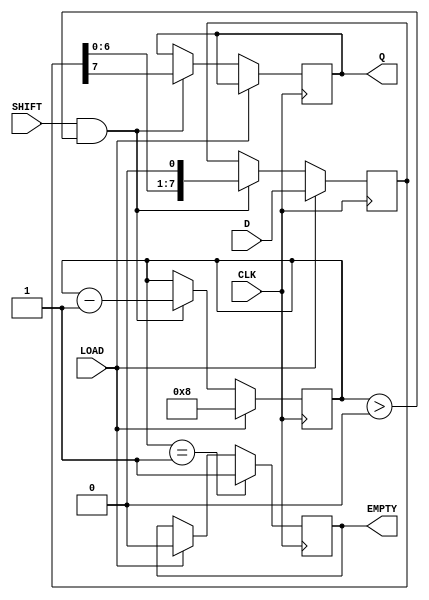
module PISO_Register #(
    parameter WIDTH = 8 // Define the width of the parallel data
)(
    input wire [WIDTH-1:0] D,      // Parallel data input
    input wire CLK,                 // Clock signal
    input wire LOAD,                // Load enable signal
    input wire SHIFT,               // Shift enable signal
    output reg Q,                   // Serial output
    output reg EMPTY                // Empty status signal
);

    reg [WIDTH-1:0] shift_reg;      // Shift register to hold data
    reg [3:0] bit_count;             // Counter to track the number of bits shifted out

    always @(posedge CLK) begin
        if (LOAD) begin
            // Load data into the shift register
            shift_reg <= D;
            bit_count <= WIDTH;      // Set the bit count to the width
            EMPTY <= 1'b0;           // Register is not empty after loading
        end
        else if (SHIFT && bit_count > 0) begin
            // Shift data out serially
            Q <= shift_reg[WIDTH-1]; // Output the MSB
            shift_reg <= {shift_reg[WIDTH-2:0], 1'b0}; // Shift left
            bit_count <= bit_count - 1; // Decrement bit count
        end
        
        // Update EMPTY signal
        if (bit_count == 1) begin
            EMPTY <= 1'b1; // Set EMPTY when no bits are left to shift
        end
    end

endmodule